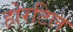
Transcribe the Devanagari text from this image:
होरटिल